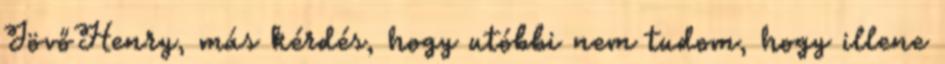
JövőHenry, más kérdés, hogy utóbbi nem tudom, hogy illene